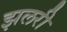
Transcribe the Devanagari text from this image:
झलरी